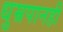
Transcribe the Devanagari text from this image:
धुम्रपानही